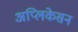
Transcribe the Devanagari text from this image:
अप्लिकेसन